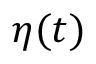
{ \boldsymbol { \eta } } ( t )